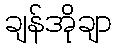
ချန်အိုချာ